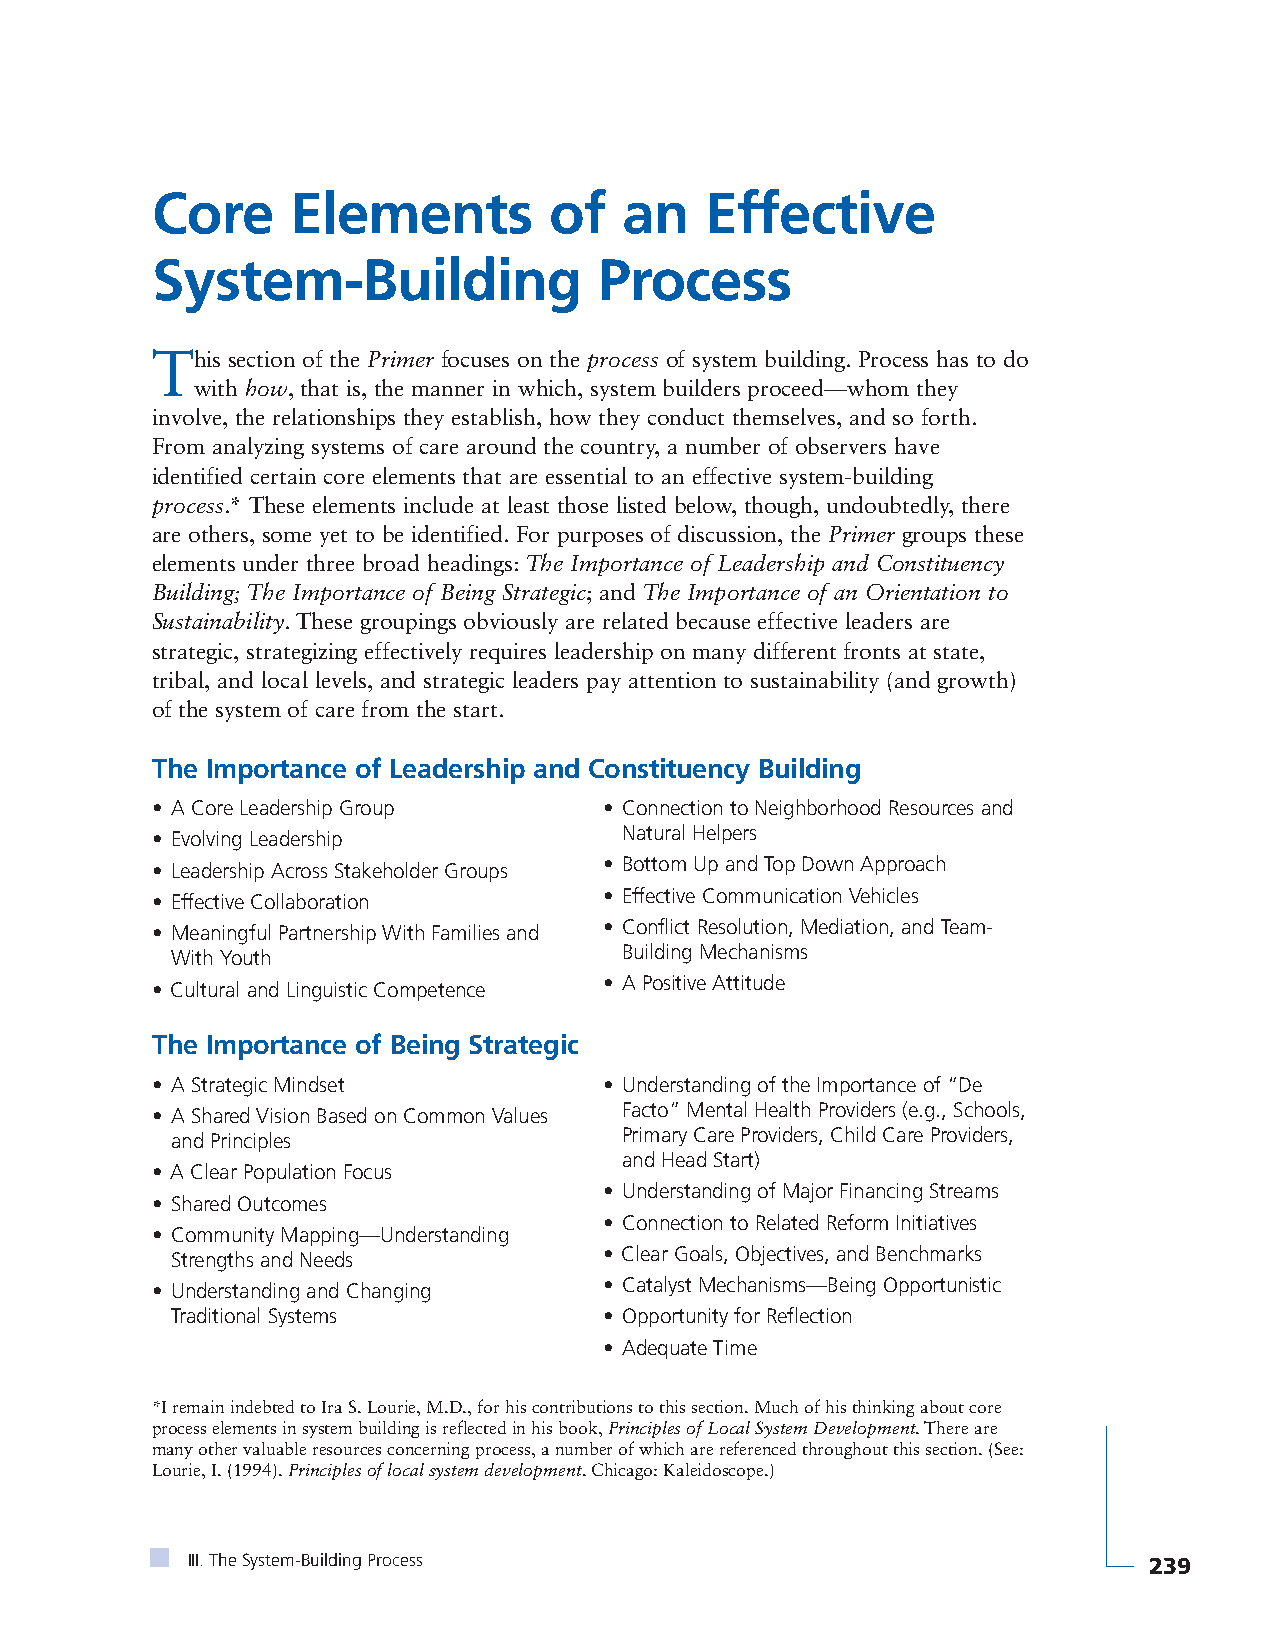
Core     Elements         of   an    Effective
 System-Building               Process
 This section of the Primer focuses on the process of system building. Process has to do
 with how, that is, the manner in which, system builders proceed—whom they
 involve, the relationships they establish, how they conduct themselves, and so forth.
 From analyzing systems of care around the country, a number of observers have
 identified certain core elements that are essential to an effective system-building
 process.* These elements include at least those listed below, though, undoubtedly, there
 are others, some yet to be identified. For purposes of discussion, the Primer groups these
 elements under three broad headings: The Importance of Leadership and Constituency
 Building; The Importance of Being Strategic; and The Importance of an Orientation to
 Sustainability. These groupings obviously are related because effective leaders are
 strategic, strategizing effectively requires leadership on many different fronts at state,
 tribal, and local levels, and strategic leaders pay attention to sustainability (and growth)
 of the system of care from the start.
 The Importance of Leadership and Constituency Building
 • A Core Leadership Group     • Connection to Neighborhood Resources and
 Natural Helpers
 • Evolving Leadership
 • Bottom Up and Top Down Approach
 • Leadership Across Stakeholder Groups
 • Effective Communication Vehicles
 • Effective Collaboration
 • Conflict Resolution, Mediation, and Team-
 • Meaningful Partnership With Families and
 Building Mechanisms
 With Youth
 • A Positive Attitude
 • Cultural and Linguistic Competence
 The Importance of Being Strategic
 • A Strategic Mindset         • Understanding of the Importance of “De
 Facto” Mental Health Providers (e.g., Schools,
 • A Shared Vision Based on Common Values
 Primary Care Providers, Child Care Providers,
 and Principles
 and Head Start)
 • A Clear Population Focus
 • Understanding of Major Financing Streams
 • Shared Outcomes
 • Connection to Related Reform Initiatives
 • Community Mapping—Understanding
 • Clear Goals, Objectives, and Benchmarks
 Strengths and Needs
 • Catalyst Mechanisms—Being Opportunistic
 • Understanding and Changing
 Traditional Systems          • Opportunity for Reflection
 • Adequate Time
 *I remain indebted to Ira S. Lourie, M.D., for his contributions to this section. Much of his thinking about core
 process elements in system building is reflected in his book, Principles of Local System Development. There are
 many other valuable resources concerning process, a number of which are referenced throughout this section. (See:
 Lourie, I. (1994). Principles of local system development. Chicago: Kaleidoscope.)
 III. The System-Building Process                                239